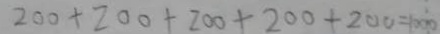
2 0 0 + 2 0 0 + 2 0 0 + 2 0 0 + 2 0 0 = 1 0 0 0